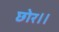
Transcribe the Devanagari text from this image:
छोर।।